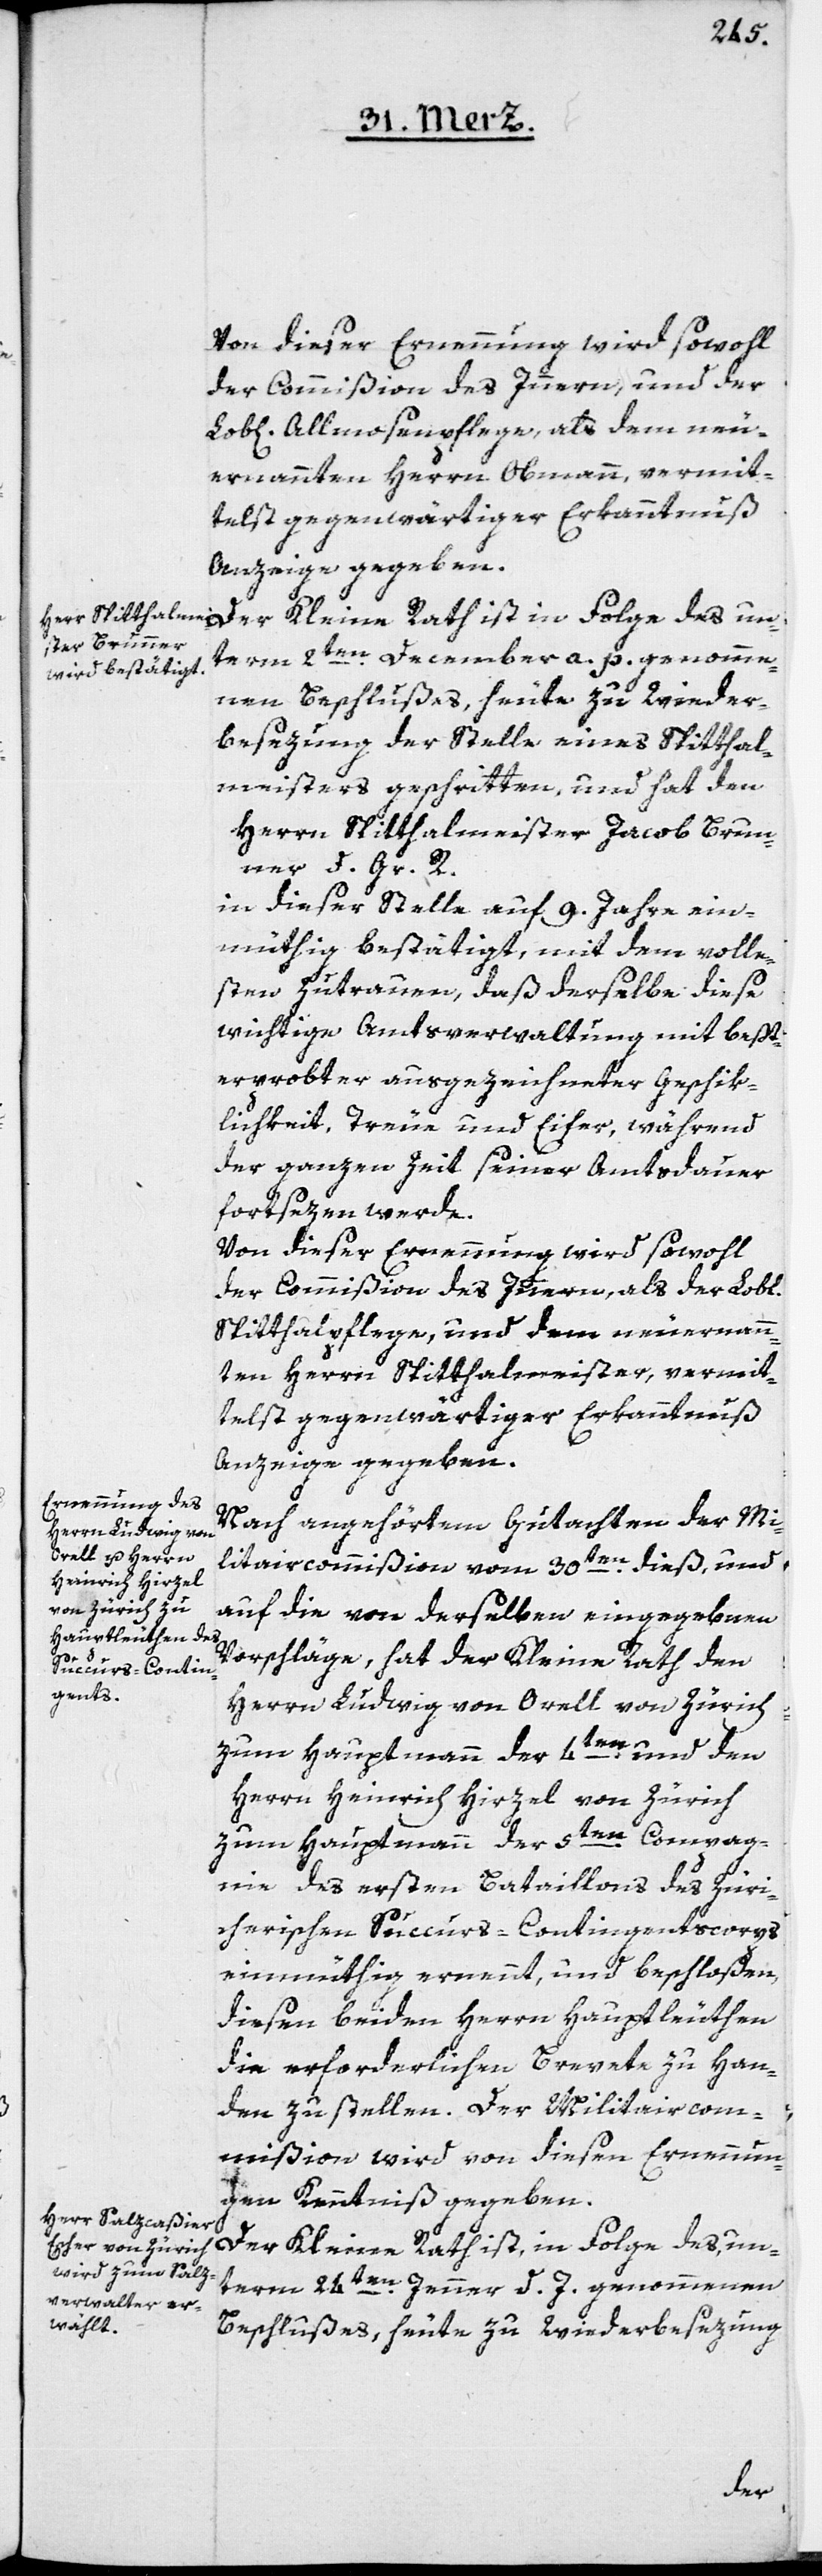
Von dieser Ernennung wird sowohl
der Commißion des Innern, und der
Lob[lichen] Allmosenpflege, als dem neu¬
ernannten Herrn Obmann, vermit¬
telst gegenwärtiger Erkanntnuß
Anzeige gegeben.
term 2ten December a. p. genomme¬
nen Beschlußes, heute zu Wieder¬
besezung der Stelle eines Spitthal¬
meisters geschritten, und hat den
Herrn Spitthalmeister Jacob Brun¬
ner d. Gr. R.
in dieser Stelle auf 9. Jahre ein¬
müthig bestätigt, mit dem voll¬
sten Zutrauen, daß derselbe diese
wichtige Amtsverwaltung mit beßt¬
erprobter ausgezeichneter Geschik¬
lichkeit, Treue und Eifer, während
der ganzen Zeit seiner Amtsdauer
fortsezen werde.
Von dieser Ernennung wird sowohl
der Commißion des Innern als der Lobl.
Spitthalpflege und dem neu ernann¬
ten Herrn Spitthalmeister, vermit¬
telst gegenwärtiger Erkanntnuß
Anzeige gegeben.
Nach angehörtem Gutachten der Mi¬
litaircommißion vom 30ten dieß, und
auf die von derselben eingegebenen
Vorschläge, hat der Kleine Rath den
Herrn Ludwig von Orell von Zürich
zum Hauptmann der 4ten, und den
Herrn Heinrich Hirzel von Zürich
zum Hauptmann der 5ten Compag¬
nie des ersten Bataillons des züri¬
cherischen Succurs-Contingentscorps
einmüthig ernennt, und beschloßen,
diesen beiden Herren Hauptleuthen
die erforderlichen Brevete zu Han¬
den zu stellen. Der Militaircom¬
mißion wird von diesen Ernennun¬
gen Kenntniß gegeben.
Der Kleine Rath ist, in Folge des, un¬
term 24ten Jenner d. J. genommenen
Beschlußes, heute zu Wiederbesezung